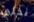
نخلي